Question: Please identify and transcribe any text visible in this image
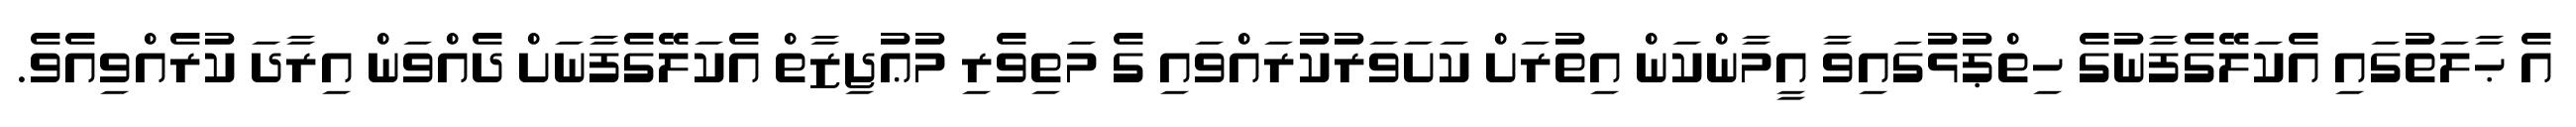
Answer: އެ ޙާލަތުގައި އެކަލޭގެފާނުގެ ހިތްޕުޅުގައިވާ އީމާންކަން އިތުރަށް ކަށަވަރުކުރައްވައި ގެ މަތިވެރި މުޢުޖިޒާތް އެކަލޭގެފާނަށް ދެއްވަން އިރާދަ ކުރެއްވިއެވެ.